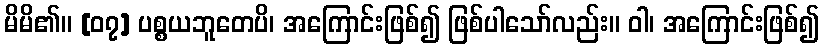
မိမိ၏။ [၀၇] ပစ္စယဘူတေပိ၊ အကြောင်းဖြစ်၍ ဖြစ်ပါသော်လည်း။ ဝါ၊ အကြောင်းဖြစ်၍